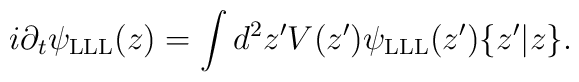
i \partial_t \psi_{\rm LLL} (z) = \int d^2 z' V(z') \psi_{\rm LLL}(z') \{ z' | z \} .